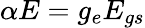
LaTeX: \alpha E=g_{e}E_{gs}